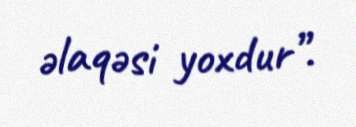
əlaqəsi yoxdur”.